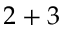
2 + 3